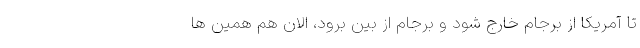
تا آمریکا از برجام خارج شود و برجام از بین برود، الان هم همین ها